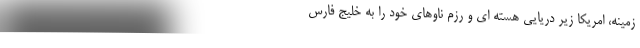
زمینه، امریکا زیر دریایی هسته ای و رزم ناوهای خود را به خلیج فارس